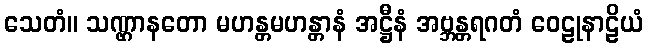
သေတံ။ သဏ္ဌာနတော မဟန္တမဟန္တာနံ အဋ္ဌီနံ အဗ္ဘန္တရဂတံ ဝေဠုနာဠိယံ